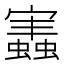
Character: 𧒡